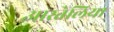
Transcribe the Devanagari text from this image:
आस्तेलिया